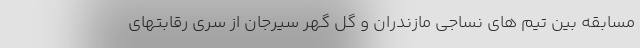
مسابقه بین تیم های نساجی مازندران و گل گهر سیرجان از سری رقابتهای